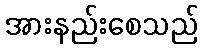
အားနည်းစေသည်